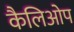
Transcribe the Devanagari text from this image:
कैलिओप